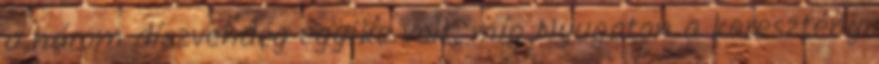
a három díszvendég egyike volt, míg Nyugaton a keresztény